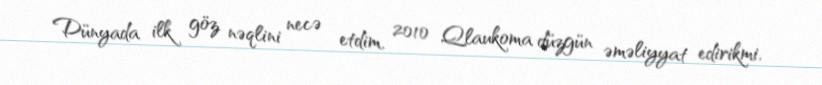
Dünyada ilk göz nəqlini necə etdim, 2010 Qlaukoma düzgün əməliyyat edirikmi,